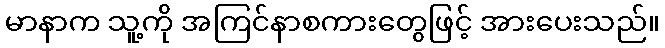
မာနာက သူ့ကို အကြင်နာစကားတွေဖြင့် အားပေးသည်။